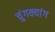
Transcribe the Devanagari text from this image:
चुंगक्यांग